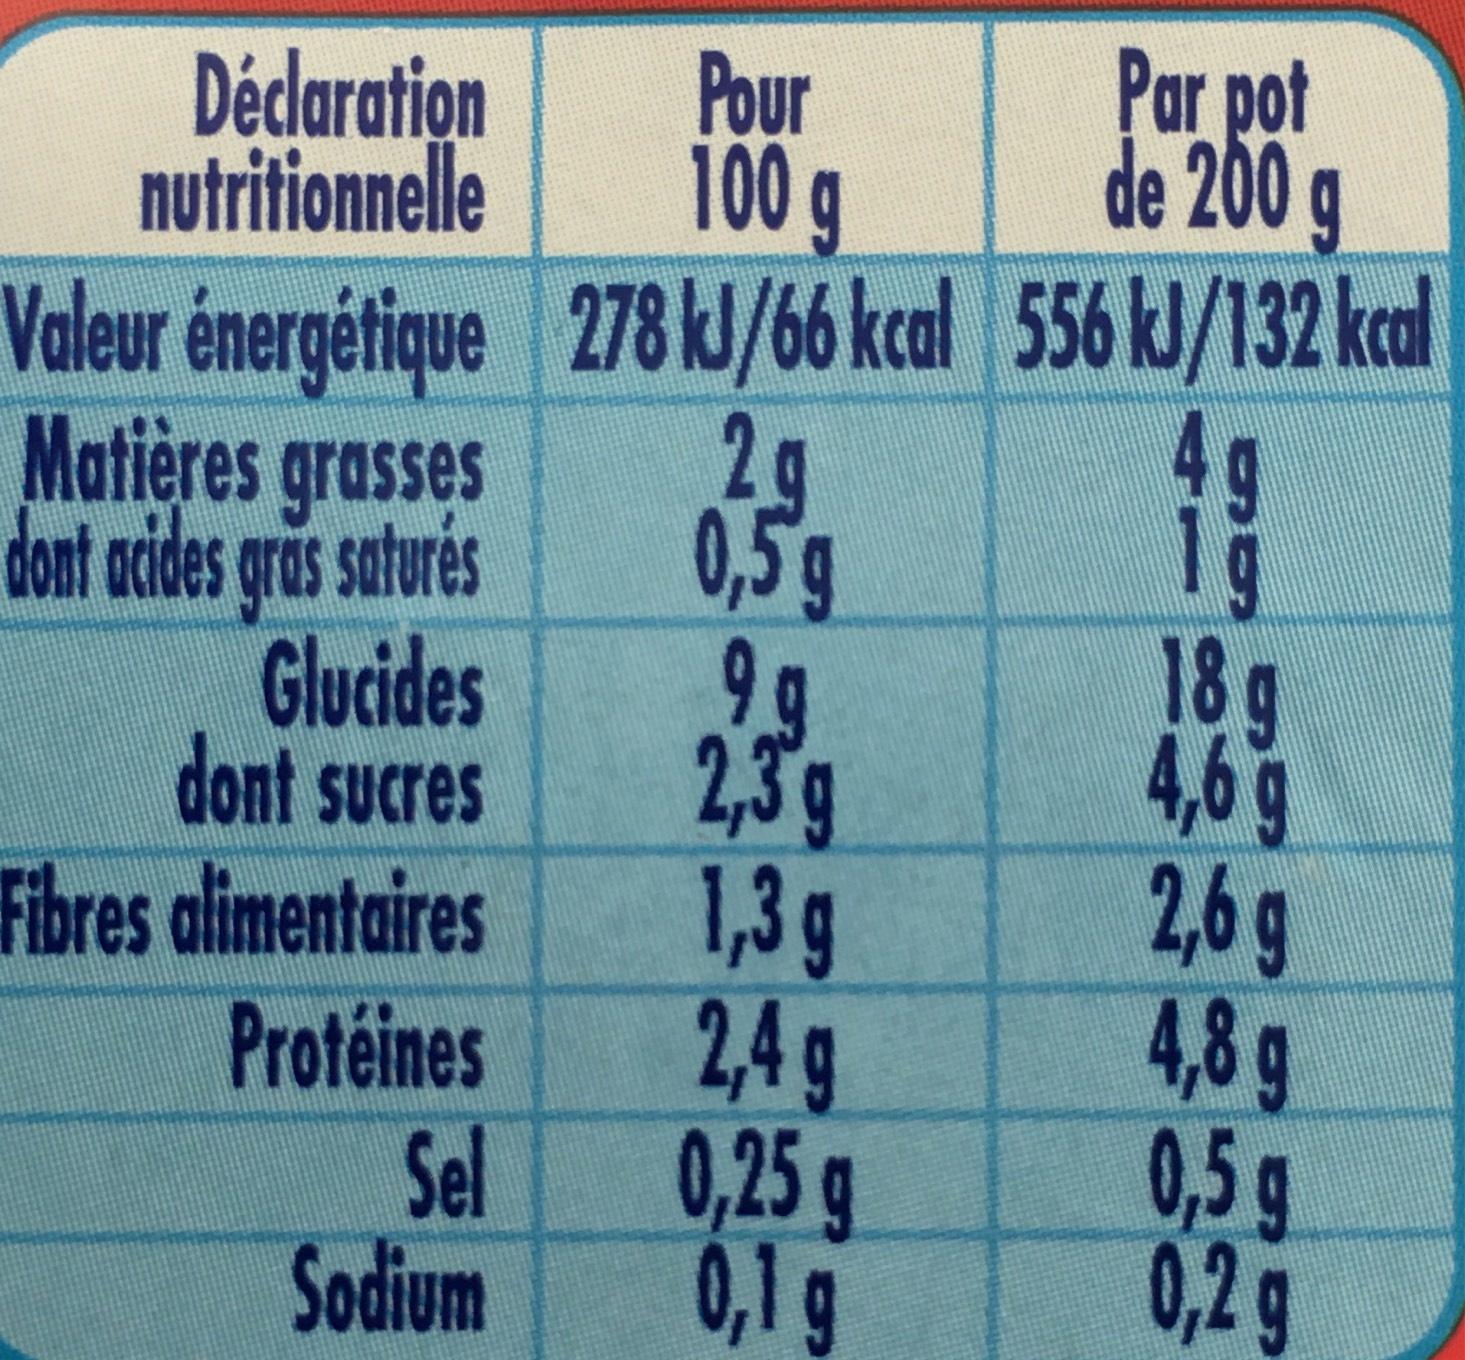
Déclaration nutritionnelle
Valeur énergétique
Matières grasses dont acides gras saturés
Glucides
dont sucres
Fibres alimentaires
Protéines
Sel Sodium
Pour 100 g
278 kJ/66 kcal 2g 0,5g
99
2,3 g
1,3 g
2,4 g
0,25 g
0,1 g
Par pot de 200 g
556 kJ/132 kcal
18 g
4,6 g
2,6 g
4,8 g
0,5 g
0,2 g